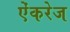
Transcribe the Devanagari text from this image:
ऐंकरेज